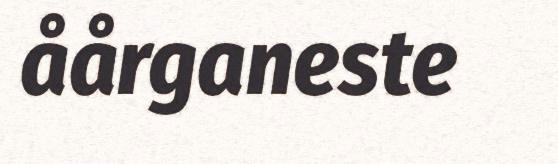
åårganeste